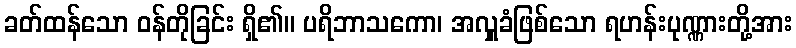
ခတ်ထန်သော ဝန်တိုခြင်း ရှိ၏။ ပရိဘာသကော၊ အလှူခံဖြစ်သော ရဟန်းပုဏ္ဏားတို့အား